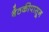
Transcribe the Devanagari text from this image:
बैठकीपासून